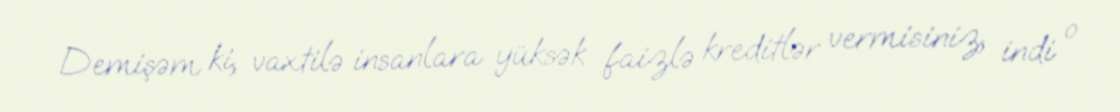
Demişəm ki, vaxtilə insanlara yüksək faizlə kreditlər vermisiniz, indi o